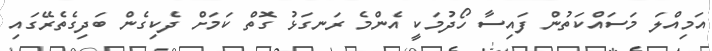
އަމިއްލަ މަސައްކަތުން ފައިސާ ހޯދުމަކީ އެންމެ ރަނގަޅު ގޮތް ކަމަށް ދެކިގެން ބަދިގެތެރޭގައި